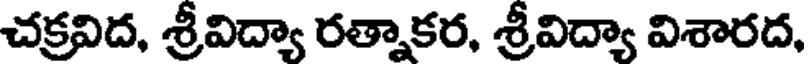
చక్రవిద, శ్రీవిద్యా రత్నాకర, శ్రీవిద్యా విశారద,